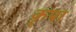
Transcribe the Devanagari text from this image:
कॄपा